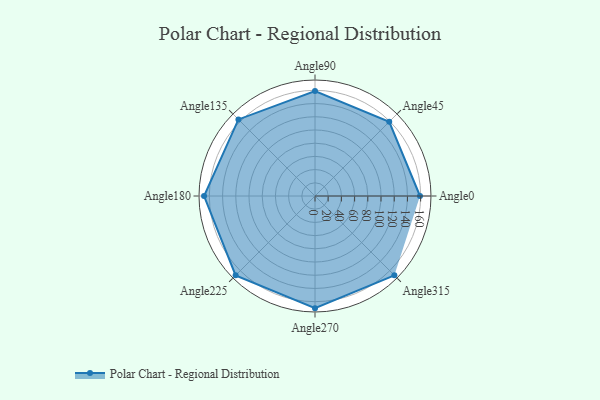
{"axis": {"x": "Angle", "y": "Radius"}, "legend": [""], "data": [{"x": "Angle0", "y": 159.0, "type": ""}, {"x": "Angle45", "y": 159.0, "type": ""}, {"x": "Angle90", "y": 159.0, "type": ""}, {"x": "Angle135", "y": 164.0, "type": ""}, {"x": "Angle180", "y": 168.0, "type": ""}, {"x": "Angle225", "y": 170, "type": ""}, {"x": "Angle270", "y": 170, "type": ""}, {"x": "Angle315", "y": 170, "type": ""}]}